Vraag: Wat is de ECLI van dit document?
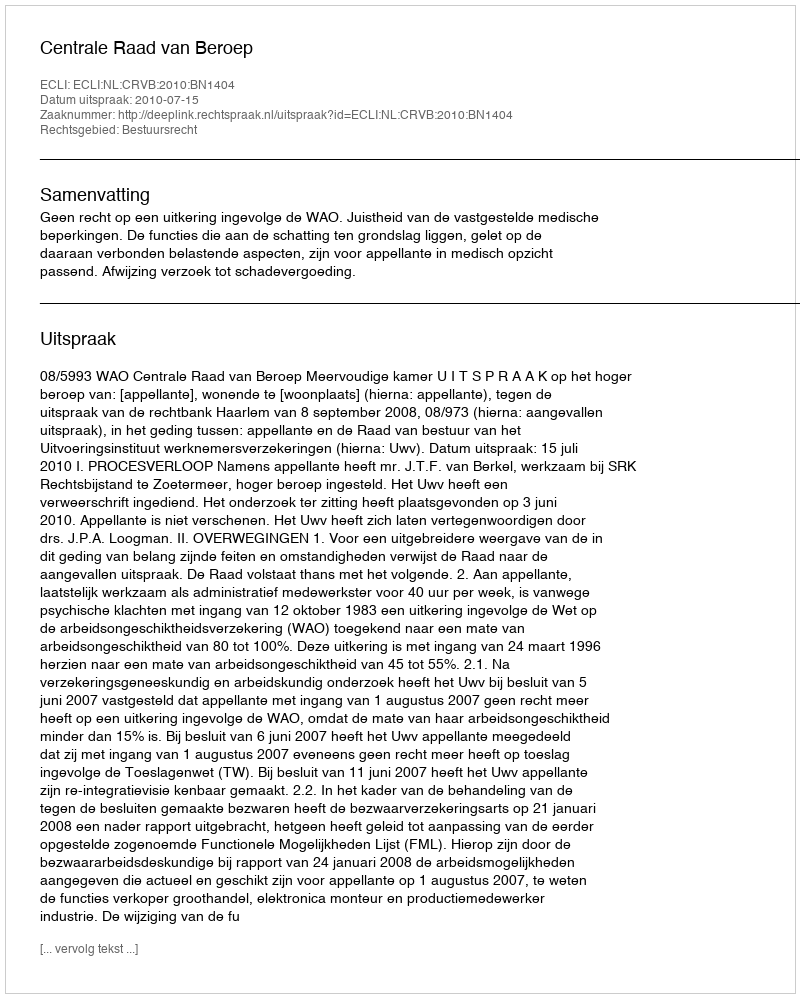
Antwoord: ECLI:NL:CRVB:2010:BN1404